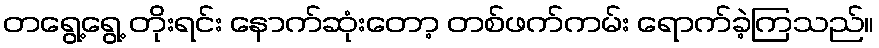
တရွေ့ရွေ့ တိုးရင်း နောက်ဆုံးတော့ တစ်ဖက်ကမ်း ရောက်ခဲ့ကြသည်။